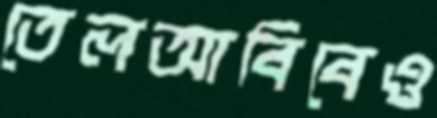
তেলআবিবেও